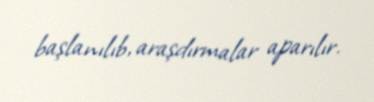
başlanılıb, araşdırmalar aparılır.